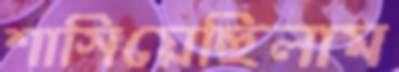
শাসিয়েছিলাম